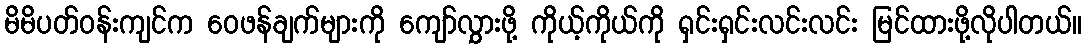
မိမိပတ်ဝန်းကျင်က ဝေဖန်ချက်များကို ကျော်လွှားဖို့ ကိုယ့်ကိုယ်ကို ရှင်းရှင်းလင်းလင်း မြင်ထားဖို့လိုပါတယ်။